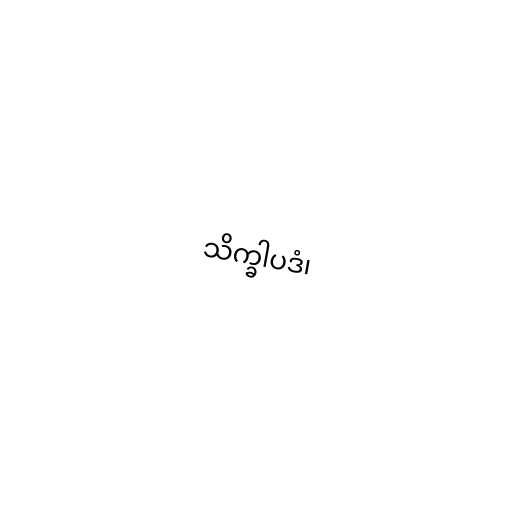
သိက္ခါပဒံ၊